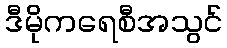
ဒီမိုကရေစီအသွင်